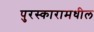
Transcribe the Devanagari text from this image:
पुरस्कारामधील